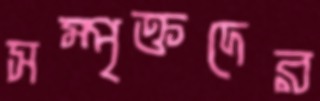
সম্পৃক্তদের